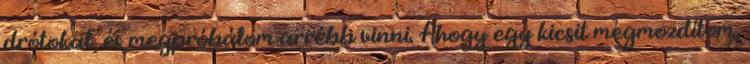
drótokat, és megpróbálom arrébb vinni. Ahogy egy kicsit megmozdítom,